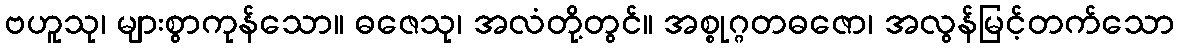
ဗဟူသု၊ များစွာကုန်သော။ ဓဇေသု၊ အလံတို့တွင်။ အစ္စုဂ္ဂတဓဇော၊ အလွန်မြင့်တက်သော